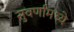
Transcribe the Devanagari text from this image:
सुवर्णामध्ये